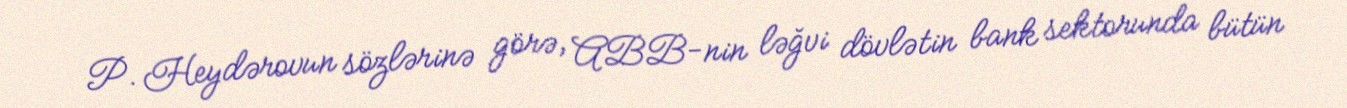
P. Heydərovun sözlərinə görə, ABB-nin ləğvi dövlətin bank sektorunda bütün